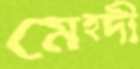
মেহ্দী